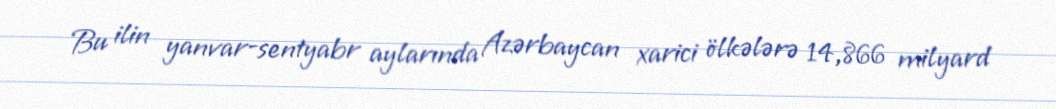
Bu ilin yanvar-sentyabr aylarında Azərbaycan xarici ölkələrə 14,866 milyard